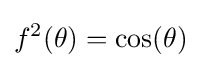
f^{2}(\theta )=\cos(\theta )